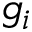
g _ { i }